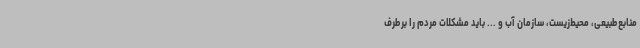
منابع‌طبیعی، محیط‌زیست، سازمان آب و ... باید مشکلات مردم را برطرف